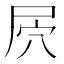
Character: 屄